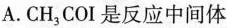
A.CH_{3}COI是反应中间体